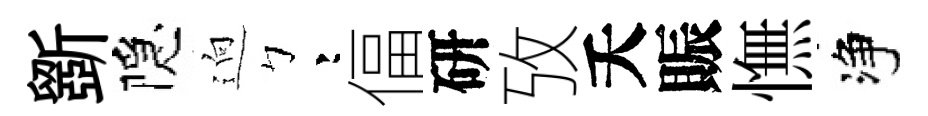
斵隠逈彎偪研攷夭賑憮净